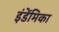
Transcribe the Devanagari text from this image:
इंडेंमिका